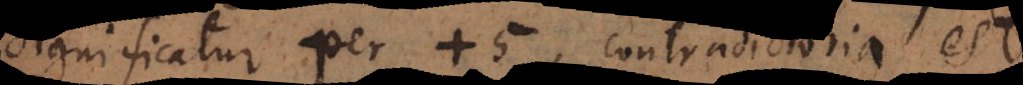
significatur per +5, contradictoria est